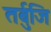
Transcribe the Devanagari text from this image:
तर्बुजि